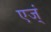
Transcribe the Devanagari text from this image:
एज्ं